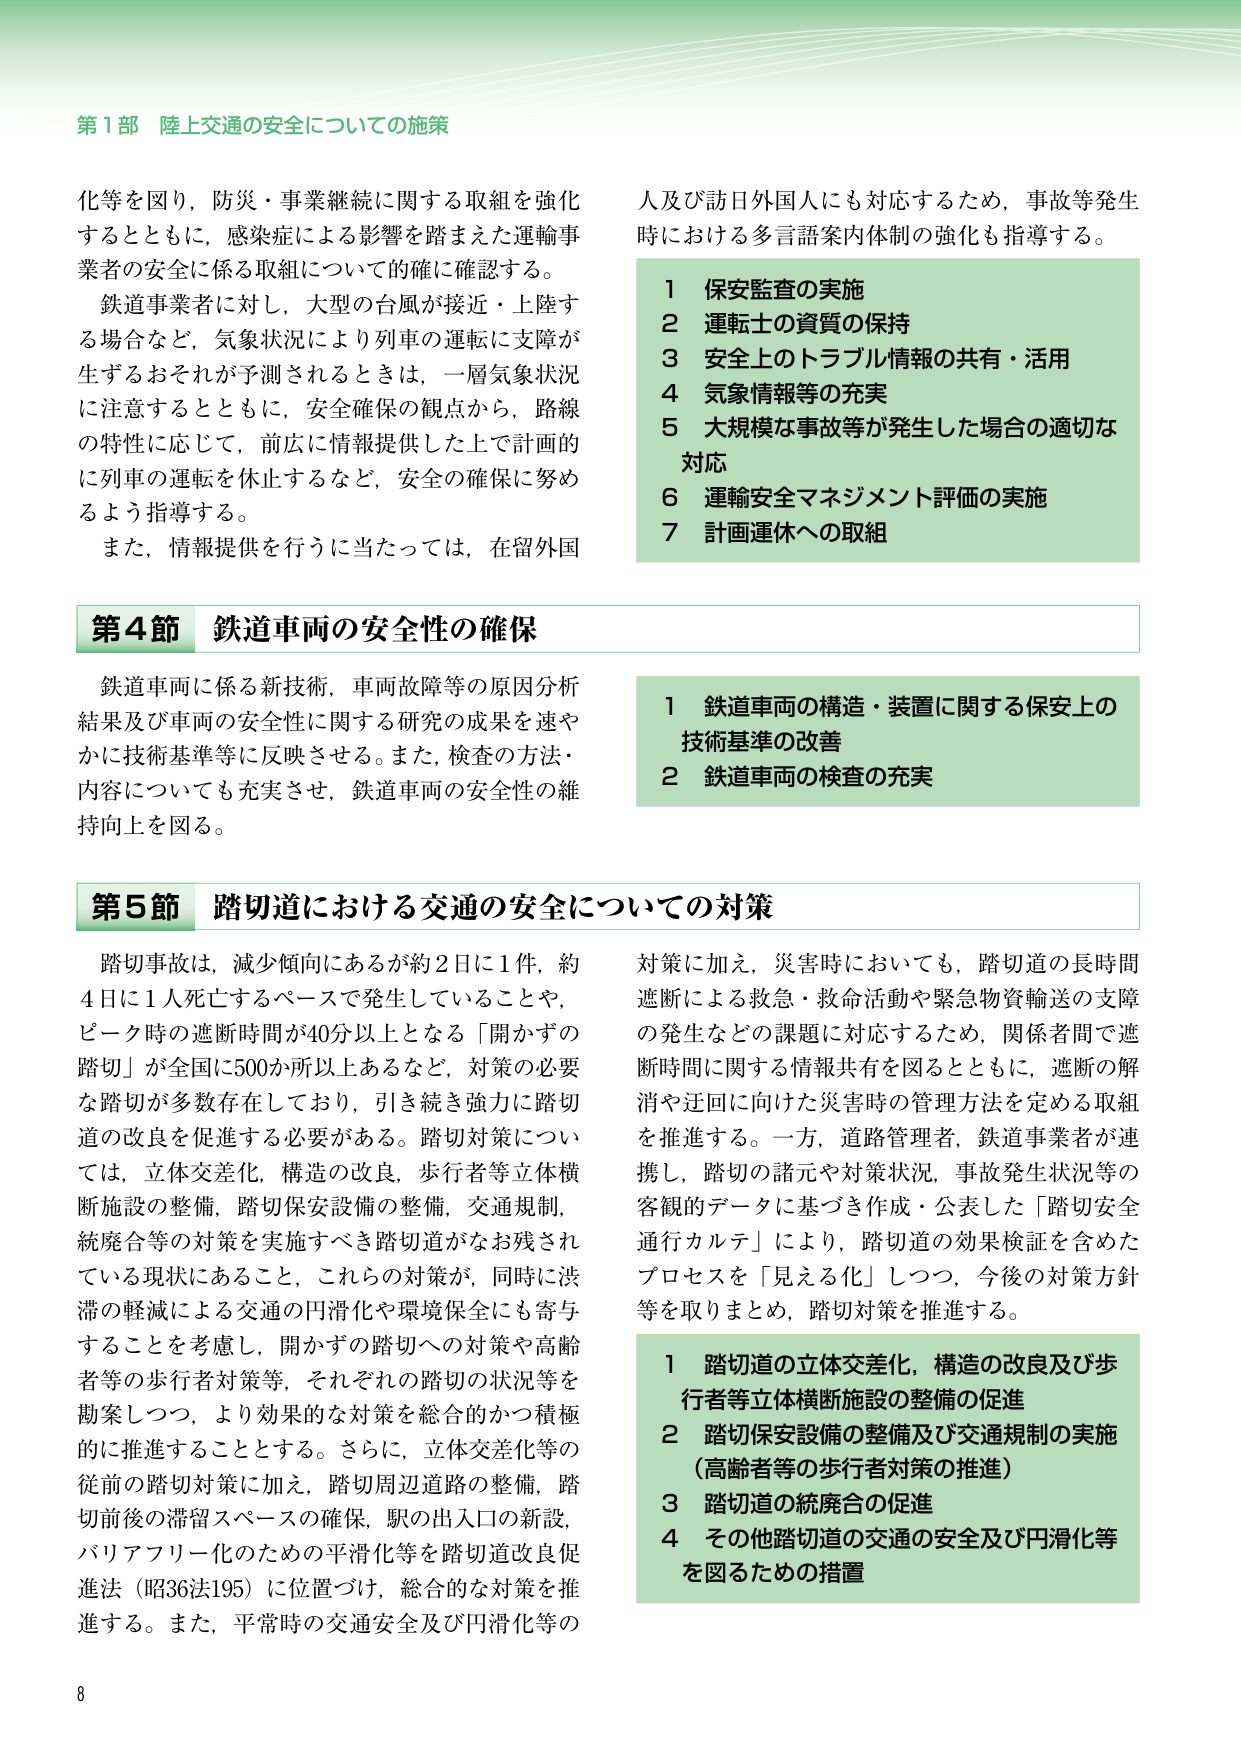
第1部 陸上交通の安全についての施策

化等を図り，防災・事業継続に関する取組を強化
するとともに，感染症による影響を踏まえた運輸事
業者の安全に係る取組について的確に確認する。
鉄道事業者に対し，大型の台風が接近・上陸す
る場合など，気象状況により列車の運転に支障が
生ずるおそれが予測されるときは，一層気象状況
に注意するとともに，安全確保の観点から，路線
の特性に応じて，前広に情報提供した上で計画的
に列車の運転を休止するなど，安全の確保に努め
るよう指導する。
また，情報提供を行うに当たっては，在留外国
人及び訪日外国人にも対応するため，事故等発生
時における多言語案内体制の強化も指導する。

1 保安監査の実施
2 運転士の資質の保持
3 安全上のトラブル情報の共有・活用
4 気象情報等の充実
5 大規模な事故等が発生した場合の適切な
対応
6 運輸安全マネジメント評価の実施
7 計画運休への取組

第4節 鉄道車両の安全性の確保

鉄道車両に係る新技術，車両故障等の原因分析
結果及び車両の安全性に関する研究の成果を速や
かに技術基準等に反映させる。また，検査の方法・
内容についても充実させ，鉄道車両の安全性の維
持向上を図る。

1 鉄道車両の構造・装置に関する保安上の
技術基準の改善
2 鉄道車両の検査の充実

第5節 踏切道における交通の安全についての対策

踏切事故は，減少傾向にあるが約2日に1件，約
4日に1人死亡するペースで発生していることや，
ピーク時の遮断時間が40分以上となる「開かずの
踏切」が全国に500か所以上あるなど，対策の必要
な踏切が多数存在しており，引き続き強力に踏切
道の改良を促進する必要がある。踏切対策につい
ては，立体交差化，構造の改良，歩行者等立体横
断施設の整備，踏切保安設備の整備，交通規制，
統廃合等の対策を実施すべき踏切道がなお残され
ている現状にあること，これらの対策が，同時に渋
滞の軽減による交通の円滑化や環境保全にも寄与
することを考慮し，開かずの踏切への対策や高齢
者等の歩行者対策等，それぞれの踏切の状況等を
勘案しつつ，より効果的な対策を総合的かつ積極
的に推進することとする。さらに，立体交差化等の
従前の踏切対策に加え，踏切周辺道路の整備，踏
切前後の滞留スペースの確保，駅の出入口の新設，
バリアフリー化のための平滑化等を踏切道改良促
進法（昭36法195）に位置づけ，総合的な対策を推
進する。また，平常時の交通安全及び円滑化等の
対策に加え，災害時においても，踏切道の長時間
遮断による救急・救命活動や緊急物資輸送の支障
の発生などの課題に対応するため，関係者間で遮
断時間に関する情報共有を図るとともに，遮断の解
消や迂回に向けた災害時の管理方法を定める取組
を推進する。一方，道路管理者，鉄道事業者が連
携し，踏切の諸元や対策状況，事故発生状況等の
客観的データに基づき作成・公表した「踏切安全
通行カルテ」により，踏切道の効果検証を含めた
プロセスを「見える化」しつつ，今後の対策方針
等を取りまとめ，踏切対策を推進する。

1 踏切道の立体交差化，構造の改良及び歩
行者等立体横断施設の整備の促進
2 踏切保安設備の整備及び交通規制の実施
（高齢者等の歩行者対策の推進）
3 踏切道の統廃合の促進
4 その他踏切道の交通の安全及び円滑化等
を図るための措置

8